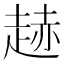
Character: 䞰